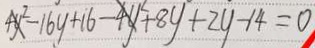
4 y ^ { 2 } - 1 6 y + 1 6 - 4 y ^ { 2 } + 8 y + 2 y - 1 4 = 0